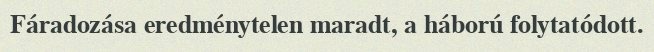
Fáradozása eredménytelen maradt, a háború folytatódott.